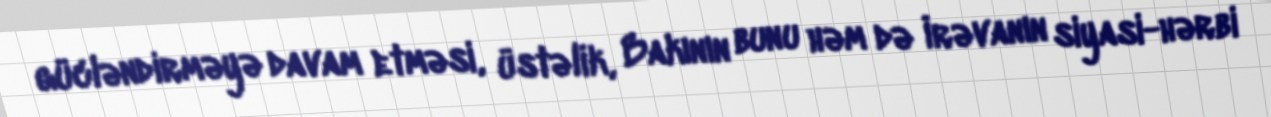
gücləndirməyə davam etməsi, üstəlik, Bakının bunu həm də İrəvanın siyasi-hərbi